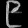
Digit: ၉